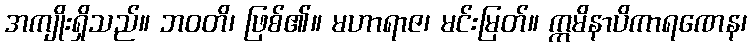
အကျိုးရှိသည်။ ဘဝတိ၊ ဖြစ်၏။ မဟာရာဇ၊ မင်းမြတ်။ ဣမိနာပိကာရဏေန၊